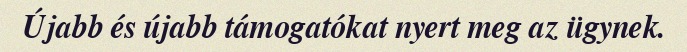
Újabb és újabb támogatókat nyert meg az ügynek.